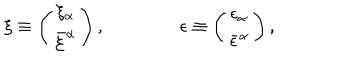
LaTeX: \xi \equiv \left( \begin{matrix} { { \xi _ { \alpha } } } \\ { { \bar { \xi } ^ { \dot { \alpha } } } } \\ \end{matrix} \right) , \qquad \qquad \epsilon \equiv \left( \begin{matrix} { { \epsilon _ { \alpha } } } \\ { { \bar { \epsilon } ^ { \dot { \alpha } } } } \\ \end{matrix} \right) ,